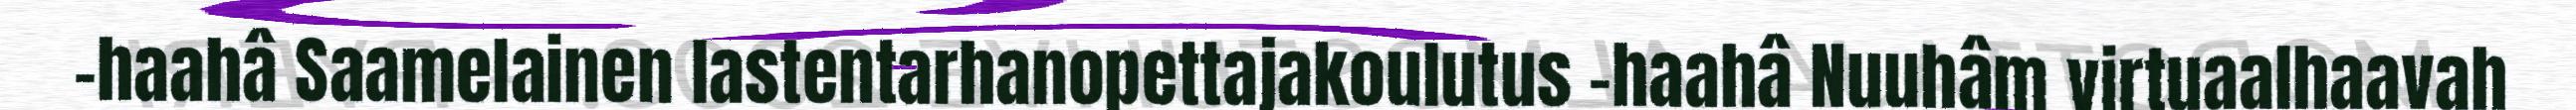
-haahâ Saamelainen lastentarhanopettajakoulutus -haahâ Nuuhâm virtuaalhaavah